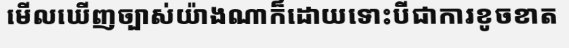
មើលឃើញច្បាស់យ៉ាងណាក៏ដោយទោះបីជាការខូចខាត